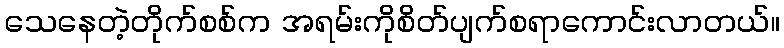
သေနေတဲ့တိုက်စစ်က အရမ်းကိုစိတ်ပျက်စရာကောင်းလာတယ်။